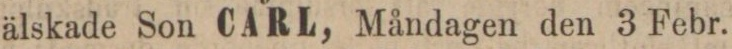
älskade Son CARL, Måndagen den 3 Febr.